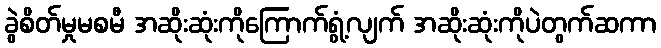
ခွဲစိတ်မှုမစမီ အဆိုးဆုံးကိုကြောက်ရွံ့လျက် အဆိုးဆုံးကိုပဲတွက်ဆကာ